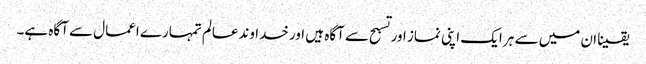
یقینا ان میں سے ہر ایک اپنی نماز اور تسبح سے آگاہ ہیں اور خدا وندعالم تمہارے اعمال سے آگاہ ہے۔